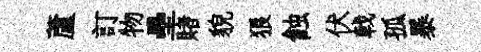
蘆訂物壘賭貌狼蝕伏戟孤暴